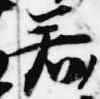
若